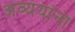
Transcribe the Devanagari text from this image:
अव्ययांना